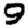
Digit: 9